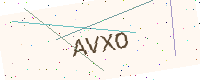
Text: AVXO